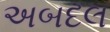
અબદલ